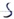
Text: S